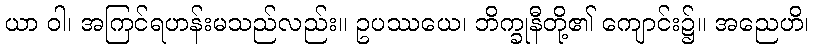
ယာ ဝါ၊ အကြင်ရဟန်းမသည်လည်း။ ဥပဿယေ၊ ဘိက္ခုနီတို့၏ ကျောင်း၌။ အညေဟိ၊